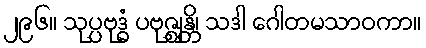
၂၉၆။ သုပ္ပဗုဒ္ဓံ ပဗုဇ္ဈန္တိ၊ သဒါ ဂေါတမသာဝကာ။